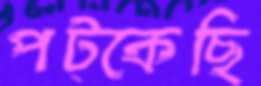
পট্‌কেছি